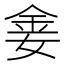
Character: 𫒈